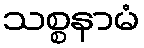
သစ္စနာမံ